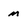
Character: m